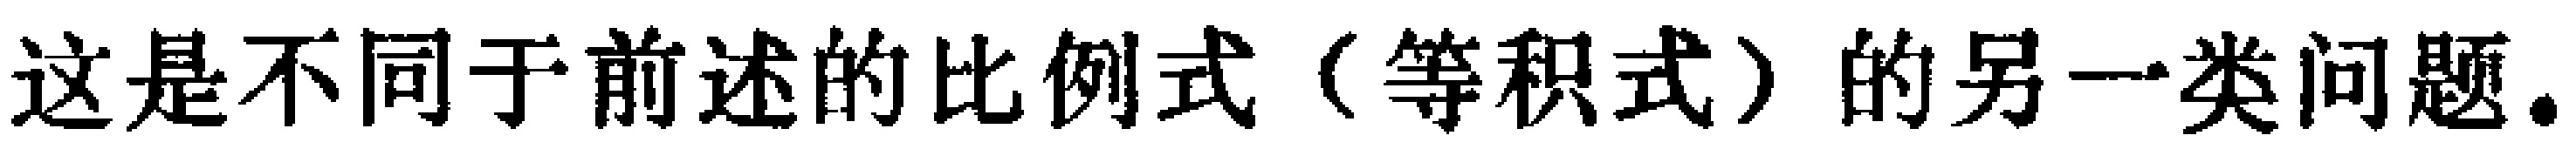
这是不同于前述的比例式（等积式）的另一类问题。